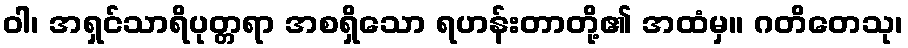
ဝါ၊ အရှင်သာရိပုတ္တရာ အစရှိသော ရဟန်းတာတို့၏ အထံမှ။ ဂတိတေသု၊